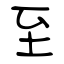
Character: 至